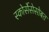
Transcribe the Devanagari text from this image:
स्कोर्सेसेसोबत